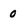
Character: 0